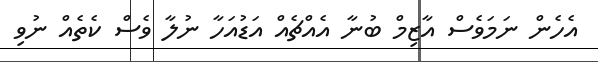
އެހެން ނަމަވެސް އާޒިމް ބުނާ އެއްޗެއް އަޑުއަހާ ނުލާ ވެސް ކެތެއް ނުވި